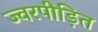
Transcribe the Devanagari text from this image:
ज्वरपीड़ित